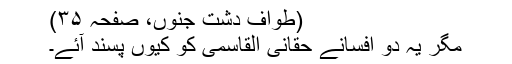
(طواف دشتِ جنوں، صفحہ ۳۵)
مگر یہ دو افسانے حقانی القاسمی کو کیوں پسند آئے۔